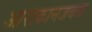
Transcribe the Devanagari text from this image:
आराकानजवळ